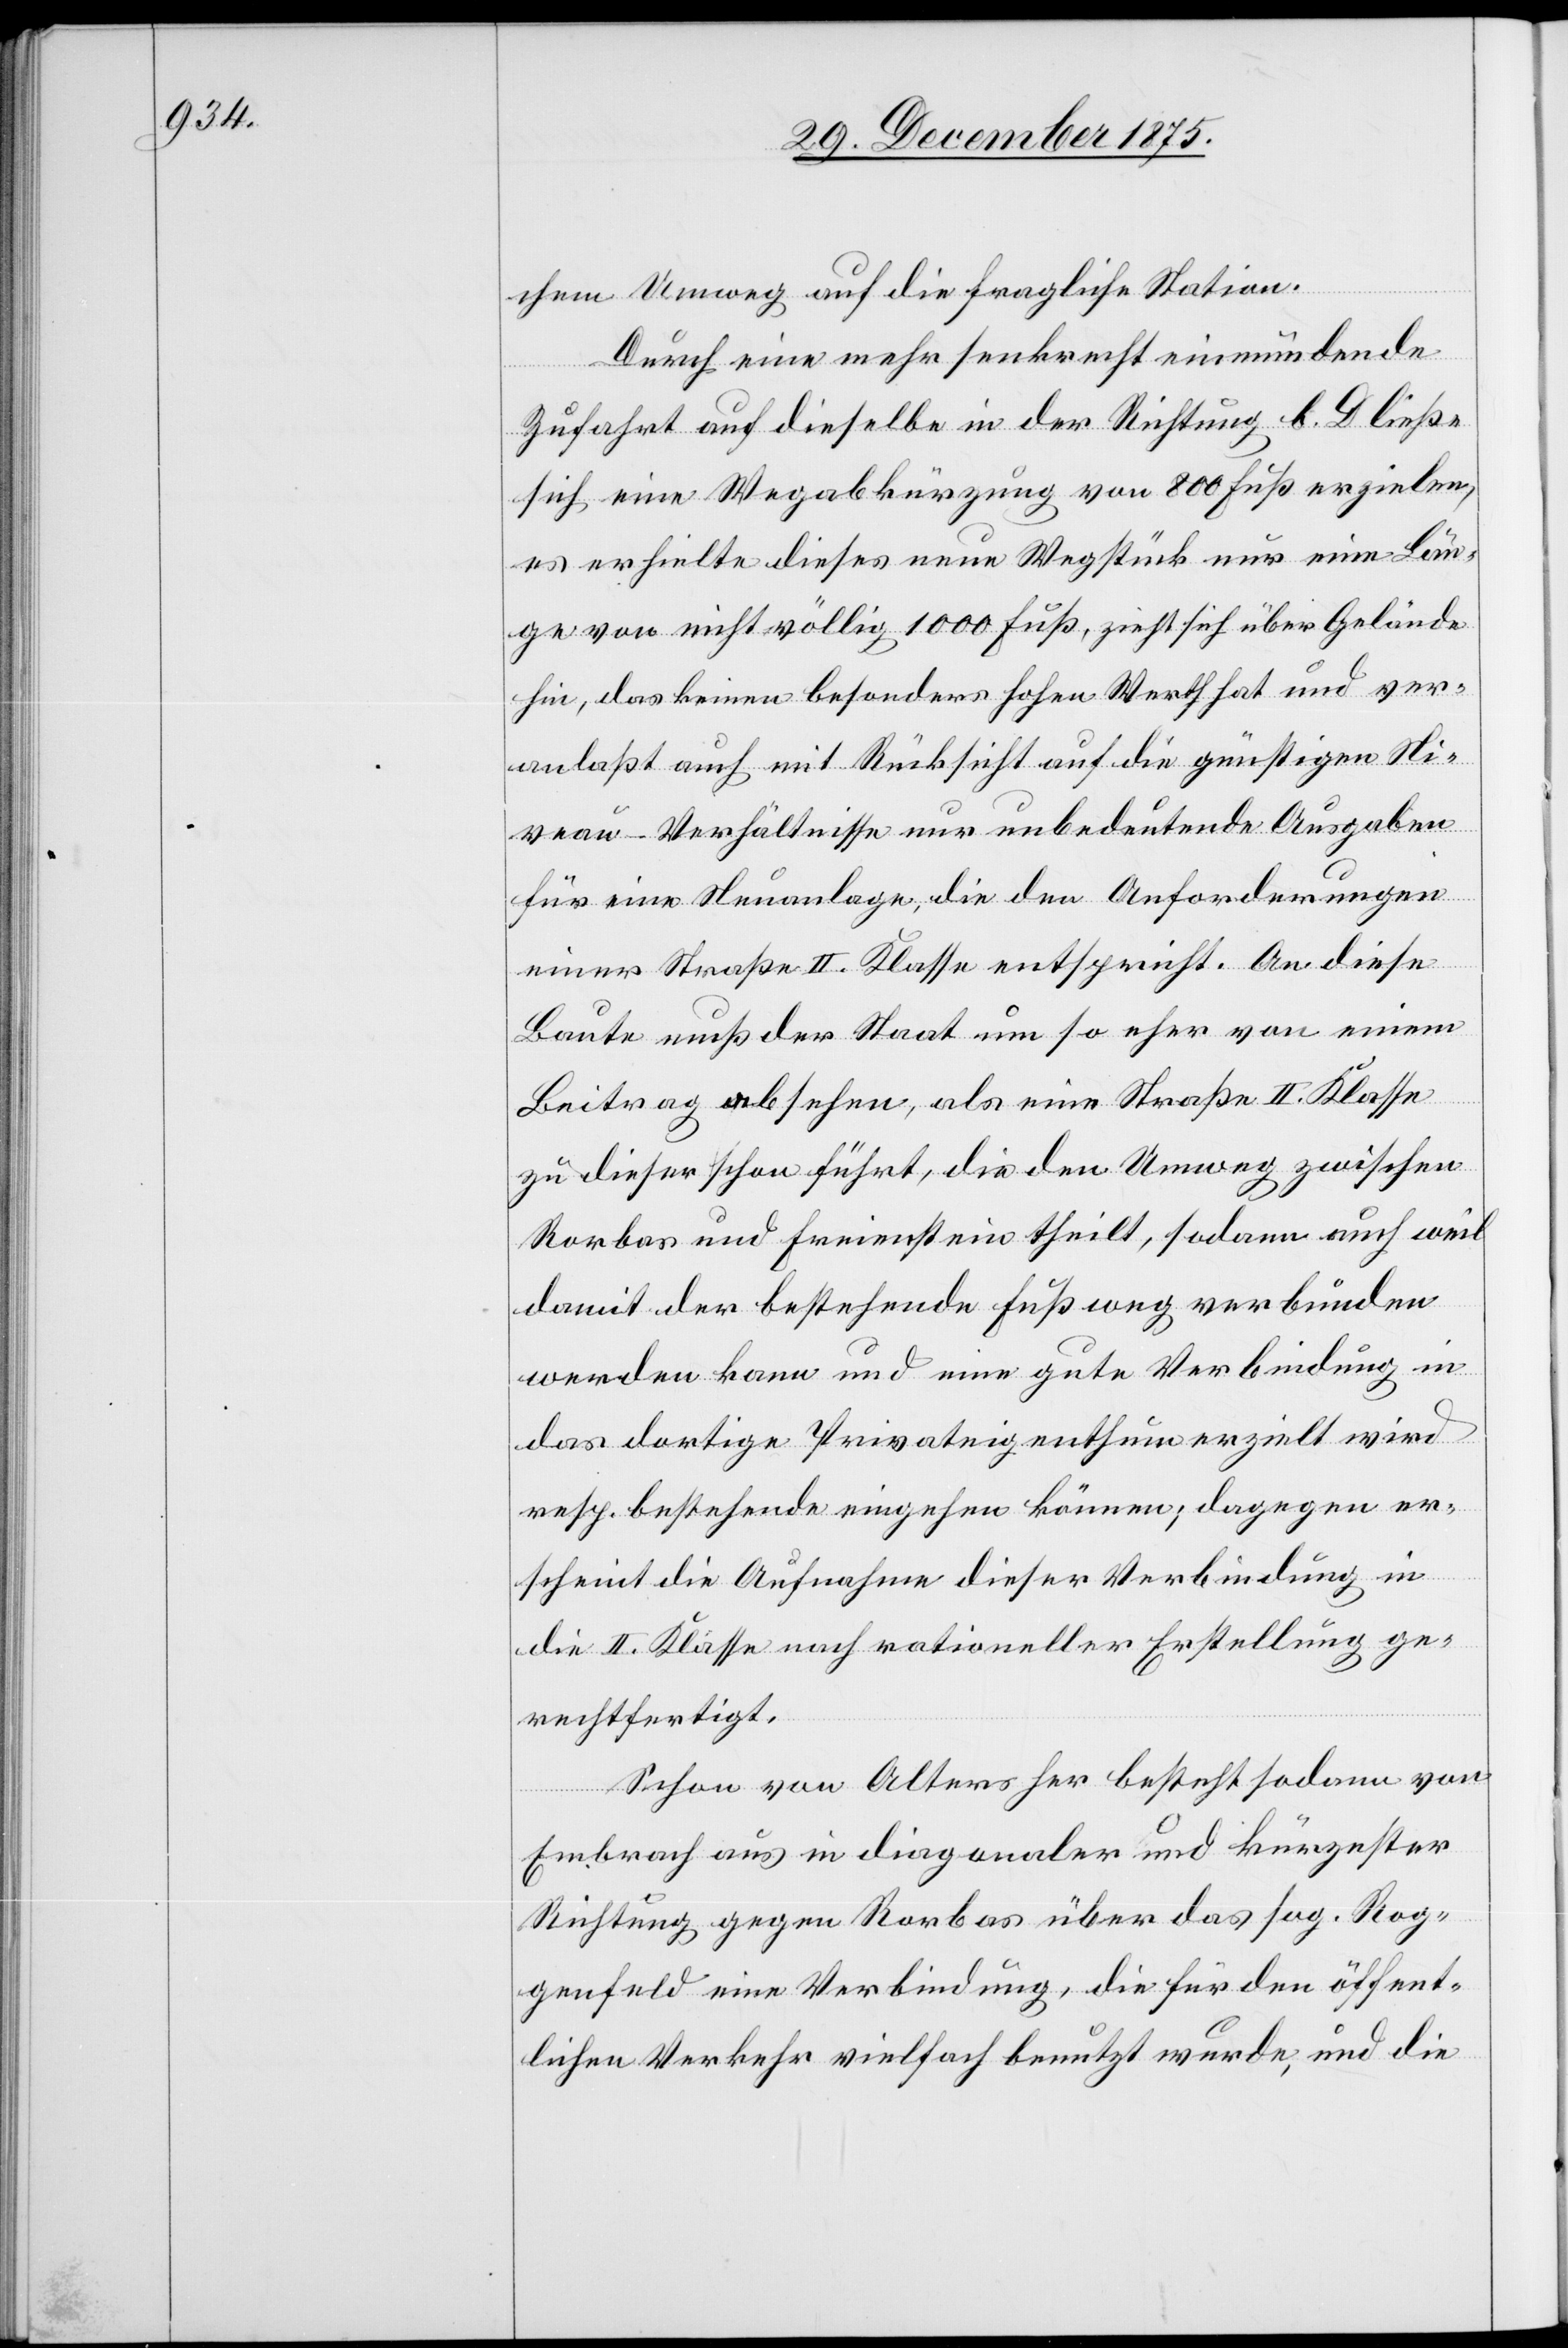
chem Umweg auf die fragliche Station.
Durch eine mehr senkrecht einmündende
Zufahrt auf dieselbe in der Richtung b. D ließe
sich eine Wegabkürzung von 800 Fuß erzielen,
es erhielte dieses neue Wegstück nur eine Län¬
ge von nicht völlig 1000 Fuß, zieht sich über Gelände
hin, das keinen besonders hohen Werth hat und ver¬
anlaßt auch mit Rücksicht auf die günstigen Ni¬
veau-Verhältnisse nur unbedeutende Ausgaben
für eine Neuanlage , die den Anforderungen
einer Straße II. Klasse entspricht. An diese
Baute muß der Staat um so eher von einem
Beitrag absehen, als eine Straße II. Klasse
zu dieser schon führt, die den Umweg zwischen
Rorbas und Freienstein theilt, sodann auch weil
damit der bestehende Fußweg verbunden
werden kann und eine gute Verbindung in
das dortige Privateigenthum erzielt wird
resp. bestehende eingehen können; dagegen er¬
scheint die Aufnahme dieser Verbindung in
die II. Klasse nach rationeller Erstellung ge¬
rechtfertigt.
Schon von Alters her besteht sodann von
Embrach aus in diagonaler und kürzester
Richtung gegen Rorbas über das sog. Rog¬
genfeld eine Verbindung, die für den öffent¬
lichen Verkehr vielfach benutzt wurde, und die